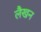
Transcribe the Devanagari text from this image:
लैखन